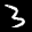
Label: 3